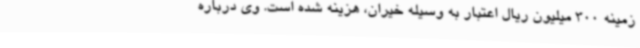
زمینه 300 میلیون ریال اعتبار به وسیله خیران، هزینه شده است. وی درباره